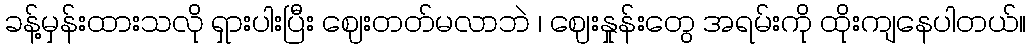
ခန့်မှန်းထားသလို ရှားပါးပြီး ဈေးတတ်မလာဘဲ ၊ ဈေးနှုန်းတွေ အရမ်းကို ထိုးကျနေပါတယ်။